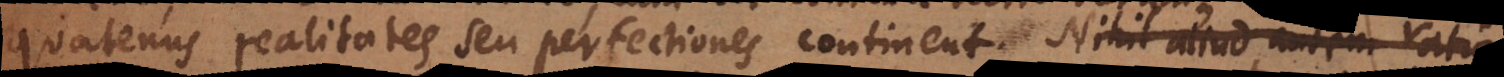
quatenus realitates seu perfectiones continent. Et cum ratio